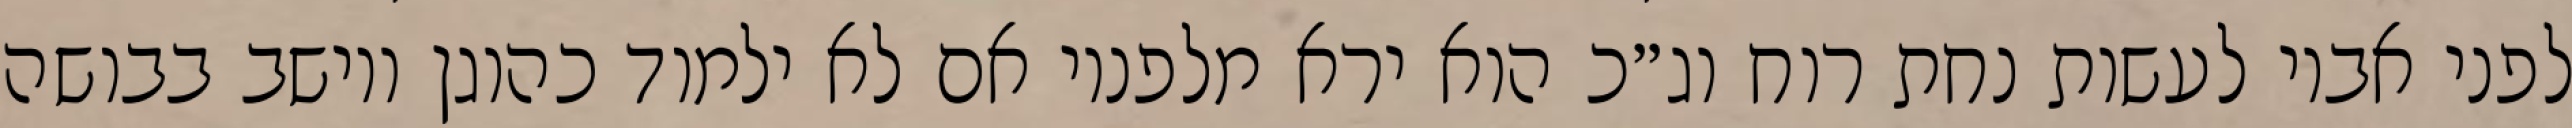
לפני אביו לעשות נחת רוח וג״כ הוא ירא מלפניו אם לא ילמוד כהוגן ויושב בבושה